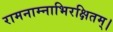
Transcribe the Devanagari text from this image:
रामनाम्नाभिरक्षितम्‌।